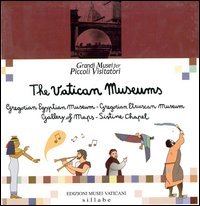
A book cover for The Vatican Museums: Gregorian Egyptian Museum - Gregorian Etruscan Museum - Gallery of Maps - Sistine Chapel (Grandi Musei per piccoli visitatori); Travel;